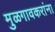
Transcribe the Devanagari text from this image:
मुळगावकरांना